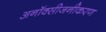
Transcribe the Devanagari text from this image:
अनॉक्सीजनीकरण